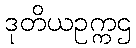
ဒုတိယဥက္ကဌ